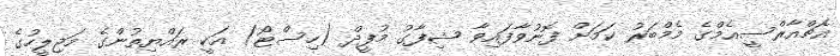
އެޗްއާރްސީއެމްގެ މެމްބަރު ކަމަށް ފޮނުވާފައިވާ ޝިފާގު މުފީދް (ހިސްޓޯ) އަކީ ރައްޔިތުންގެ މަޖިލީހުގެ